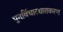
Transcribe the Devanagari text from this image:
पुनर्विचारधाराकरण